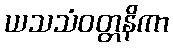
ယသသံဝတ္တနိကာ